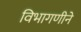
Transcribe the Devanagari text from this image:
विभागणीने